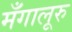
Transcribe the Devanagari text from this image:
मँगालूरु